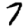
Digit: 7